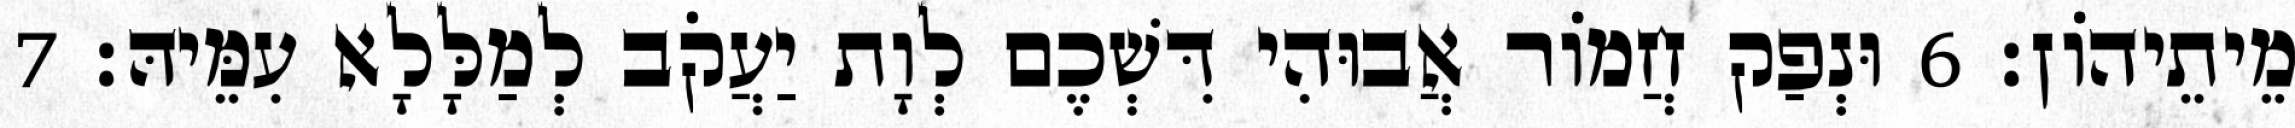
מֵיתֵיהוֹן׃ 6 וּנְפַק חֲמוֹר אֲבוּהִי דִּשְׁכֶם לְוָת יַעֲקֹב לְמַלָּלָא עִמֵּיהּ׃ 7